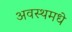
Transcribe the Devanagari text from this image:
अवस्थमधे